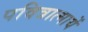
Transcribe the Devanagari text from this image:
पवित्रात्मायें